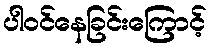
ပါဝင်နေခြင်းကြောင့်